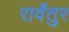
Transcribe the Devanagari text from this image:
रार्वेंतुर